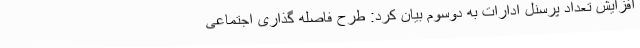
افزایش تعداد پرسنل ادارات به دوسوم بیان کرد: طرح فاصله گذاری اجتماعی